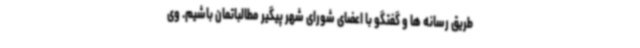
طریق رسانه ها و گفتگو با اعضای شورای شهر پیگیر مطالباتمان باشیم. وی